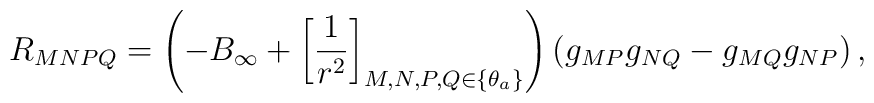
R_{MNPQ}=\left(-B_{\infty}+\left[\frac{1}{r^2}\right]_{M,N,P,Q\in \{\theta_a\}}\right)\left(g_{MP}g_{NQ}-g_{MQ}g_{NP}\right),